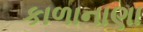
કાળાનાણા